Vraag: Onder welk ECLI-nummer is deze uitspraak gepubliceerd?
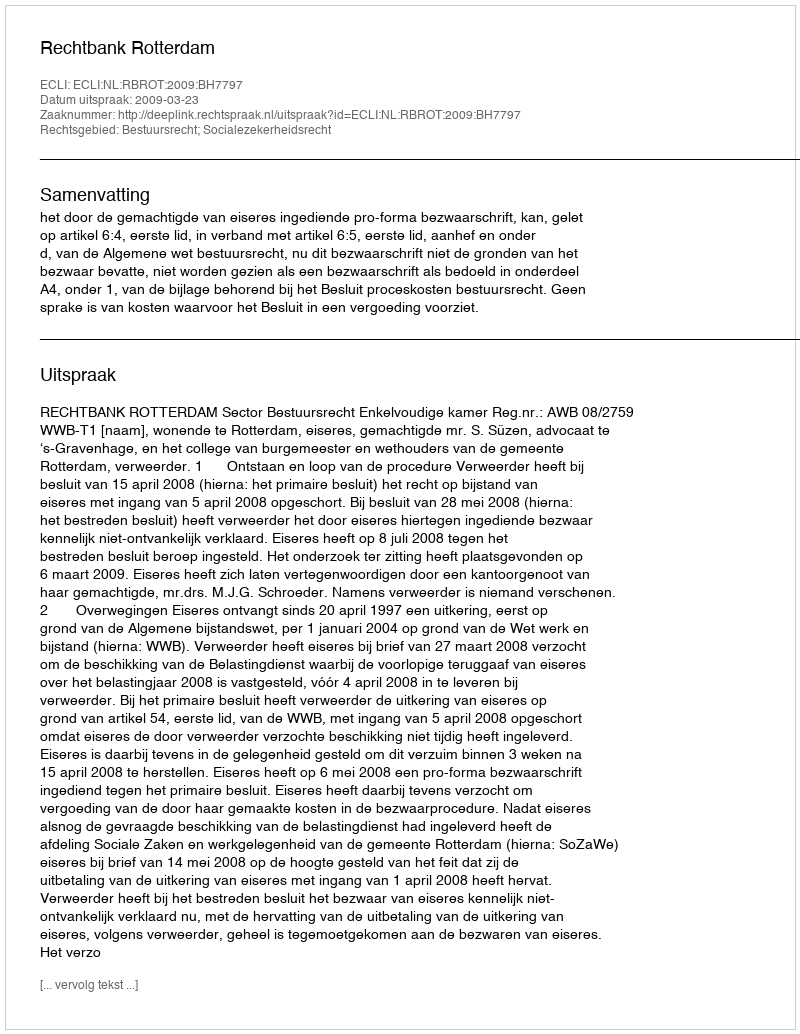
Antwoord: ECLI:NL:RBROT:2009:BH7797